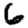
Digit: 6